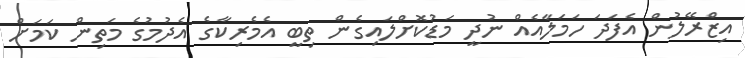
އިޒްރޭލުން އެފަދަ ހަމަލާއެއް ނުދީ މަޑުކޮށްލައިގެން ތިބީ އެމެރިކާގެ އެދުމުގެ މަތިން ކަމަށް